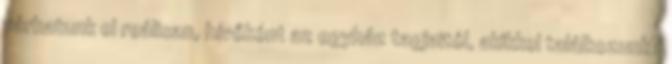
várhatunk el reálisan, hívőként az egyház tagjaitól, akikkel találkozunk?